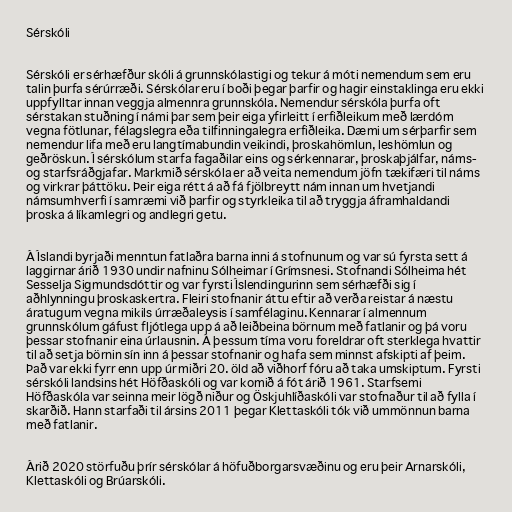
Sérskóli

Sérskóli er sérhæfður skóli á grunnskólastigi og tekur á móti nemendum sem eru
talin þurfa sérúrræði. Sérskólar eru í boði þegar þarfir og hagir einstaklinga eru ekki
uppfylltar innan veggja almennra grunnskóla. Nemendur sérskóla þurfa oft
sérstakan stuðning í námi þar sem þeir eiga yfirleitt í erfiðleikum með lærdóm
vegna fötlunar, félagslegra eða tilfinningalegra erfiðleika. Dæmi um sérþarfir sem
nemendur lifa með eru langtímabundin veikindi, þroskahömlun, leshömlun og
geðröskun. Í sérskólum starfa fagaðilar eins og sérkennarar, þroskaþjálfar, náms-
og starfsráðgjafar. Markmið sérskóla er að veita nemendum jöfn tækifæri til náms
og virkrar þáttöku. Þeir eiga rétt á að fá fjölbreytt nám innan um hvetjandi
námsumhverfi í samræmi við þarfir og styrkleika til að tryggja áframhaldandi
þroska á líkamlegri og andlegri getu.

Á Íslandi byrjaði menntun fatlaðra barna inni á stofnunum og var sú fyrsta sett á
laggirnar árið 1930 undir nafninu Sólheimar í Grímsnesi. Stofnandi Sólheima hét
Sesselja Sigmundsdóttir og var fyrsti Íslendingurinn sem sérhæfði sig í
aðhlynningu þroskaskertra. Fleiri stofnanir áttu eftir að verða reistar á næstu
áratugum vegna mikils úrræðaleysis í samfélaginu. Kennarar í almennum
grunnskólum gáfust fljótlega upp á að leiðbeina börnum með fatlanir og þá voru
þessar stofnanir eina úrlausnin. Á þessum tíma voru foreldrar oft sterklega hvattir
til að setja börnin sín inn á þessar stofnanir og hafa sem minnst afskipti af þeim.
Það var ekki fyrr enn upp úr miðri 20. öld að viðhorf fóru að taka umskiptum. Fyrsti
sérskóli landsins hét Höfðaskóli og var komið á fót árið 1961. Starfsemi
Höfðaskóla var seinna meir lögð niður og Öskjuhlíðaskóli var stofnaður til að fylla í
skarðið. Hann starfaði til ársins 2011 þegar Klettaskóli tók við ummönnun barna
með fatlanir.

Árið 2020 störfuðu þrír sérskólar á höfuðborgarsvæðinu og eru þeir Arnarskóli,
Klettaskóli og Brúarskóli.